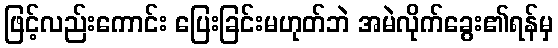
ဖြင့်လည်းကောင်း ပြေးခြင်းမဟုတ်ဘဲ အမဲလိုက်ခွေး၏ရန်မှ